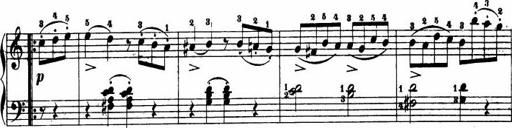
Title: Le bouquetier
Composer: Anton Diabelli
Key: G major
 C major
 F major
 C major